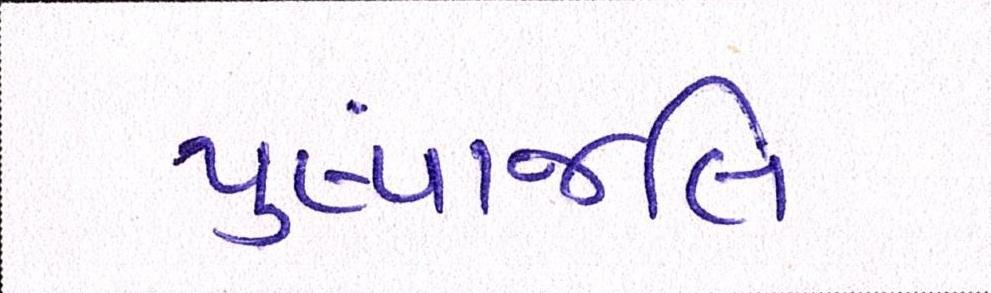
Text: પુંષ્પાજલિ